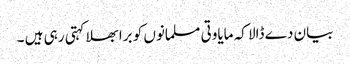
بیان دے ڈالا کہ مایاوتی مسلمانوں کو برا بھلا کہتی رہی ہیں ۔